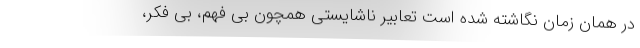
در همان زمان نگاشته شده است تعابیر ناشایستی همچون بی فهم، بی فکر،